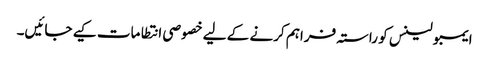
ایمبولینس کو راستہ فراہم کرنے کے لیے خصوصی انتطامات کیے جائیں۔